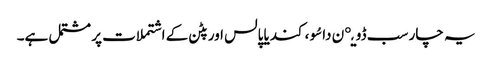
یہ چار سب ڈویږن داسُو ، کندیا پالس اور پٹن کے اشتملات پر مشتمل ہے۔